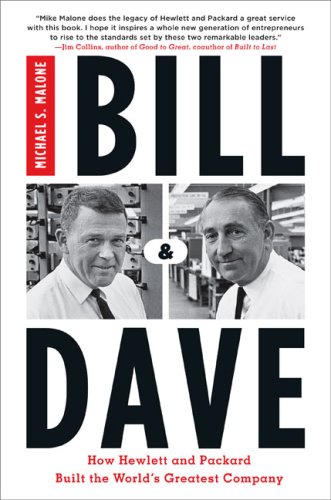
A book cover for Bill & Dave: How Hewlett and Packard Built the World's Greatest Company; Michael S. Malone; Computers & Technology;